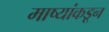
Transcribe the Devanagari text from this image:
माष्यांकडून